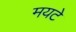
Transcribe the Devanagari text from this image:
मयटे